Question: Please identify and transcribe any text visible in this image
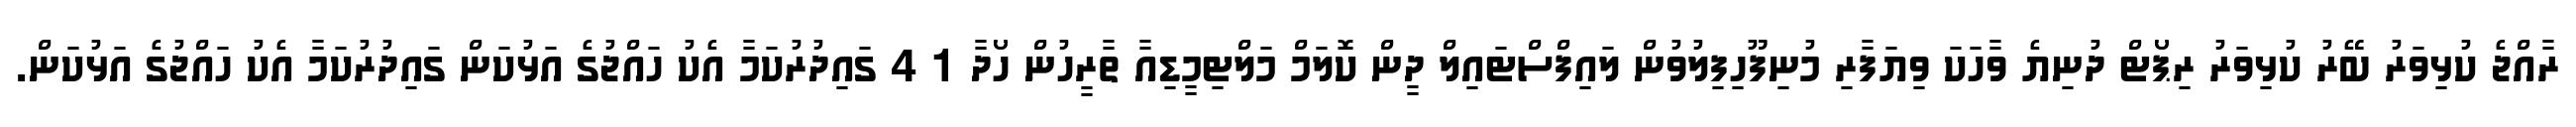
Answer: ރާއްޖެ ކުޅިވަރު ބޭރު ކުޅިވަރު ރިޕޯޓް ދުނިޔެ ވާހަކަ ވިޔަފާރި މުނިފޫހިފިލުވުން ލައިފްސްޓައިލް ދީން ކޮލަމް މަލްޓިމީޑިއާ ތާރީހުން ހޯދާ 1 4 ގައިދުރުކަމާ އެކު ހައްޖުގެ އަޅުކަން ގައިދުރުކަމާ އެކު ހައްޖުގެ އަޅުކަން.